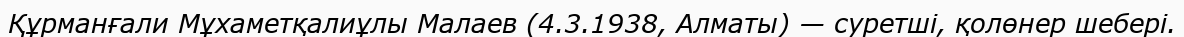
Құрманғали Мұхаметқалиұлы Малаев (4.3.1938, Алматы) — суретші, қолөнер шебері.